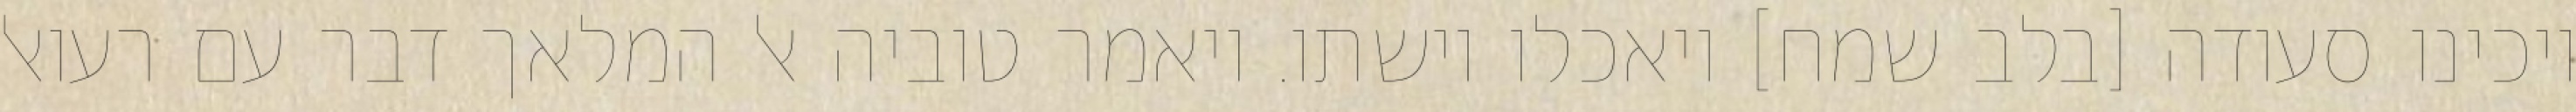
ויכינו סעודה [בלב שמח] ויאכלו וישתו. ויאמר טוביה אל המלאך דבר עם רעואל